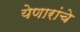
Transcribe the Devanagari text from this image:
येणारांचे